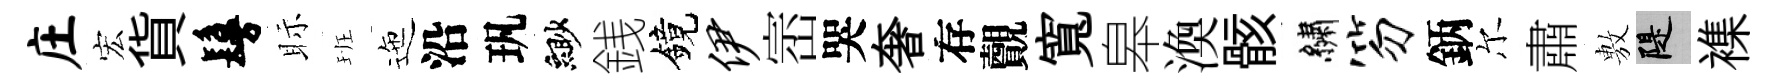
庄宏貨鬘眎班迤沿㺬緲銭鏡伊崈哭奢存覿寬皋渙骸繡笏鈵尔肅𢾾堤襍